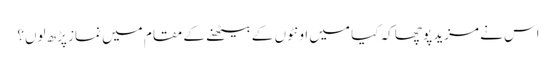
اس نے مزید پوچھا کہ کیا میں اونٹوں کے بیٹھنے کے مقام میں نماز پڑھ لوں؟